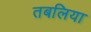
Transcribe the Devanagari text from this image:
तबलिया